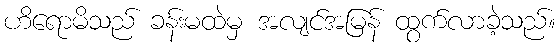
ဟိရောမိသည် ခန်းမထဲမှ အလျင်အမြန် ထွက်လာခဲ့သည်။